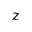
z